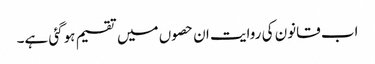
اب قانون کی روایت ان حصوں میں تقسیم ہوگئی ہے۔